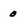
Character: 0